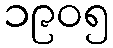
၁၉၀၅